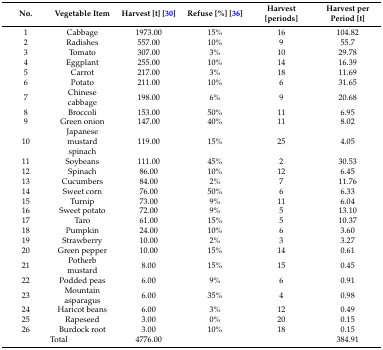
<table><thead><tr><td><b>No.</b></td><td><b>Vegetable Item</b></td><td><b>Harvest [t] [30]</b></td><td><b>Refuse [%] [36]</b></td><td><b>Harvest [periods]</b></td><td><b>Harvest per Period [t]</b></td></tr></thead><tbody><tr><td>1</td><td>Cabbage</td><td>1973.00</td><td>15%</td><td>16</td><td>104.82 </td></tr><tr><td>2</td><td>Radishes</td><td>557.00</td><td>10%</td><td>9</td><td>55.7</td></tr><tr><td>3</td><td>Tomato</td><td>307.00</td><td>3%</td><td>10</td><td>29.78</td></tr><tr><td>4</td><td>Eggplant</td><td>255.00</td><td>10%</td><td>14</td><td>16.39</td></tr><tr><td>5</td><td>Carrot</td><td>217.00</td><td>3%</td><td>18</td><td>11.69</td></tr><tr><td>6</td><td>Potato</td><td>211.00</td><td>10%</td><td>6</td><td>31.65</td></tr><tr><td>7</td><td>Chinese cabbage</td><td>198.00</td><td>6%</td><td>9</td><td>20.68</td></tr><tr><td>8</td><td>Broccoli</td><td>153.00</td><td>50%</td><td>11</td><td>6.95</td></tr><tr><td>9</td><td>Green onion</td><td>147.00</td><td>40%</td><td>11</td><td>8.02</td></tr><tr><td>10</td><td>Japanese mustard spinach</td><td>119.00</td><td>15%</td><td>25</td><td>4.05</td></tr><tr><td>11</td><td>Soybeans</td><td>111.00</td><td>45%</td><td>2</td><td>30.53</td></tr><tr><td>12</td><td>Spinach</td><td>86.00</td><td>10%</td><td>12</td><td>6.45</td></tr><tr><td>13</td><td>Cucumbers</td><td>84.00</td><td>2%</td><td>7</td><td>11.76</td></tr><tr><td>14</td><td>Sweet corn</td><td>76.00</td><td>50%</td><td>6</td><td>6.33</td></tr><tr><td>15</td><td>Turnip</td><td>73.00</td><td>9%</td><td>11</td><td>6.04</td></tr><tr><td>16</td><td>Sweet potato</td><td>72.00</td><td>9%</td><td>5</td><td>13.10</td></tr><tr><td>17</td><td>Taro</td><td>61.00</td><td>15%</td><td>5</td><td>10.37</td></tr><tr><td>18</td><td>Pumpkin</td><td>24.00</td><td>10%</td><td>6</td><td>3.60</td></tr><tr><td>19</td><td>Strawberry</td><td>10.00</td><td>2%</td><td>3</td><td>3.27</td></tr><tr><td>20</td><td>Green pepper</td><td>10.00</td><td>15%</td><td>14</td><td>0.61</td></tr><tr><td>21</td><td>Potherb mustard</td><td>8.00</td><td>15%</td><td>15</td><td>0.45</td></tr><tr><td>22</td><td>Podded peas</td><td>6.00</td><td>9%</td><td>6</td><td>0.91</td></tr><tr><td>23</td><td>Mountain asparagus</td><td>6.00</td><td>35%</td><td>4</td><td>0.98</td></tr><tr><td>24</td><td>Haricot beans</td><td>6.00</td><td>3%</td><td>12</td><td>0.49</td></tr><tr><td>25</td><td>Rapeseed</td><td>3.00</td><td>0%</td><td>20</td><td>0.15</td></tr><tr><td>26</td><td>Burdock root</td><td>3.00</td><td>10%</td><td>18</td><td>0.15</td></tr><tr><td colspan="2">Total</td><td>4776.00</td><td></td><td></td><td>384.91</td></tr></tbody></table>